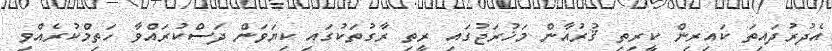
އެދުރުދައިތަ ކައިރިން ކީރިތި ޤުރުއާން މަޚުރަޖުގައި ރީތި ރާގުތަކުގައި ކިޔަވަން ދަސްކުރައްވާ ހަތިމްކުރެއްވި